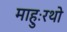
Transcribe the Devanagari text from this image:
माहुःरथो